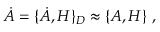
\dot { A } = \{ \dot { A } , H \} _ { D } \approx \{ A , H \} \ ,